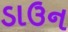
ડાઉન